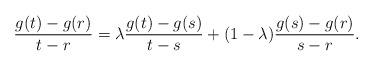
LaTeX: \begin{align*} \frac{g(t)-g(r)}{t-r}=\lambda \frac{g(t)-g(s)}{t-s}+(1-\lambda)\frac{g(s)-g(r)}{s-r} .\end{align*}